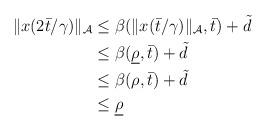
LaTeX: \begin{align*}\begin{aligned}\|x(2 \bar{t}/\gamma)\|_{\mathcal{A}} &\le \beta(\|x(\bar{t}/\gamma)\|_{\mathcal{A}},\bar{t}) + \tilde{d} \\&\le \beta(\underline{\rho},\bar{t}) + \tilde{d} \\&\le \beta(\rho,\bar{t}) + \tilde{d} \\& \le \underline{\rho}\end{aligned}\end{align*}